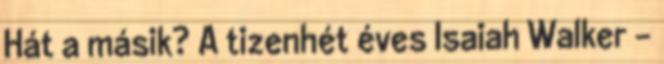
Hát a másik? A tizenhét éves Isaiah Walker –